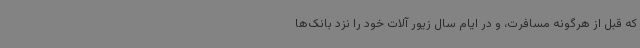
که قبل از هرگونه مسافرت، و در ایام سال زیور آلات خود را نزد بانک‌ها